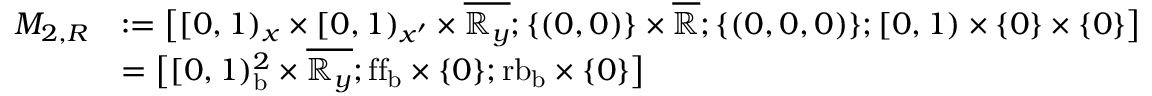
\begin{array} { r l } { M _ { 2 , R } } & { : = \bigl [ [ 0 , 1 ) _ { x } \times [ 0 , 1 ) _ { x ^ { \prime } } \times \overline { { \mathbb { R } _ { y } } } ; \{ ( 0 , 0 ) \} \times \overline { { \mathbb { R } } } ; \{ ( 0 , 0 , 0 ) \} ; [ 0 , 1 ) \times \{ 0 \} \times \{ 0 \} \bigr ] } \\ & { = \bigl [ [ 0 , 1 ) _ { \mathrm { b } } ^ { 2 } \times \overline { { \mathbb { R } _ { y } } } ; \mathrm { f f } _ { \mathrm { b } } \times \{ 0 \} ; { \mathrm { r b } } _ { \mathrm { b } } \times \{ 0 \} \bigr ] } \end{array}